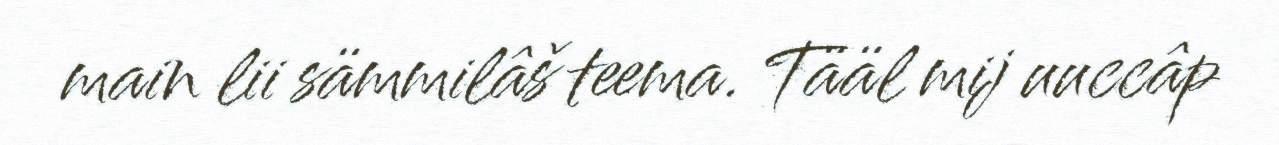
main lii sämmilâš teema. Tääl mij uuccâp